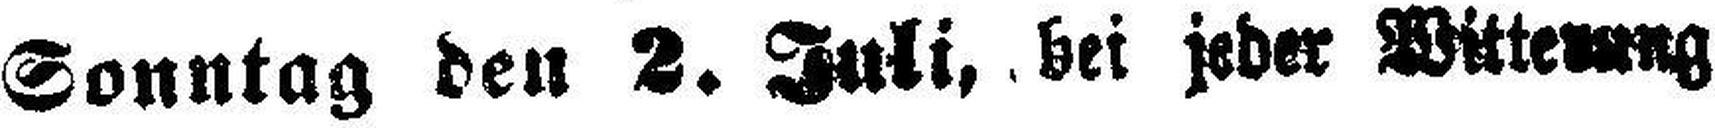
Sonntag den 2. Juli, bei jeder Wittenung